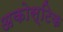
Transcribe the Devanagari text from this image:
अकोस्टिक